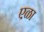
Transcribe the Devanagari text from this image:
एळा